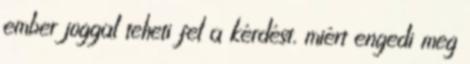
ember joggal teheti fel a kérdést, miért engedi meg